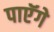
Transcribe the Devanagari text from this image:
पाएॅगे